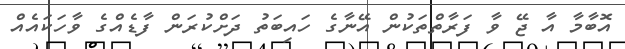
އޮބާމާ އާ ޖޭ ވާ ފަރާތްތަކުން އޭނާގެ ހައިބަތު ދަށްކުރަން ފާޑެއްގެ ވާހަކައެއް